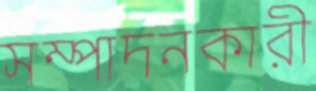
সম্পাদনকারী